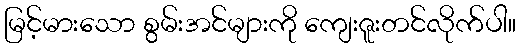
မြင့်မားသော စွမ်းအင်များကို ကျေးဇူးတင်လိုက်ပါ။